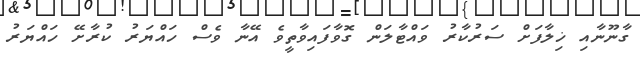
ގާނޫނާއި ޚިލާފަށް ސަރުކާރު ވައްޓާލަން ގޮވާފައިވާތީވެ އޭނާ ވެސް ހައްޔަރު ކުރާށޭ ހައްޔަރު